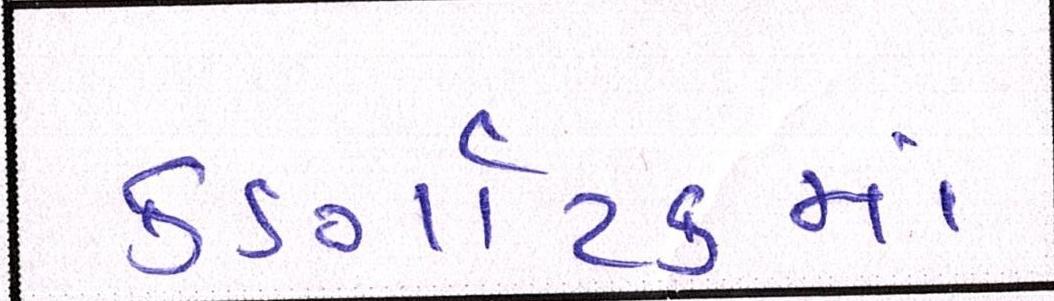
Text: કર્ણાટકમાં